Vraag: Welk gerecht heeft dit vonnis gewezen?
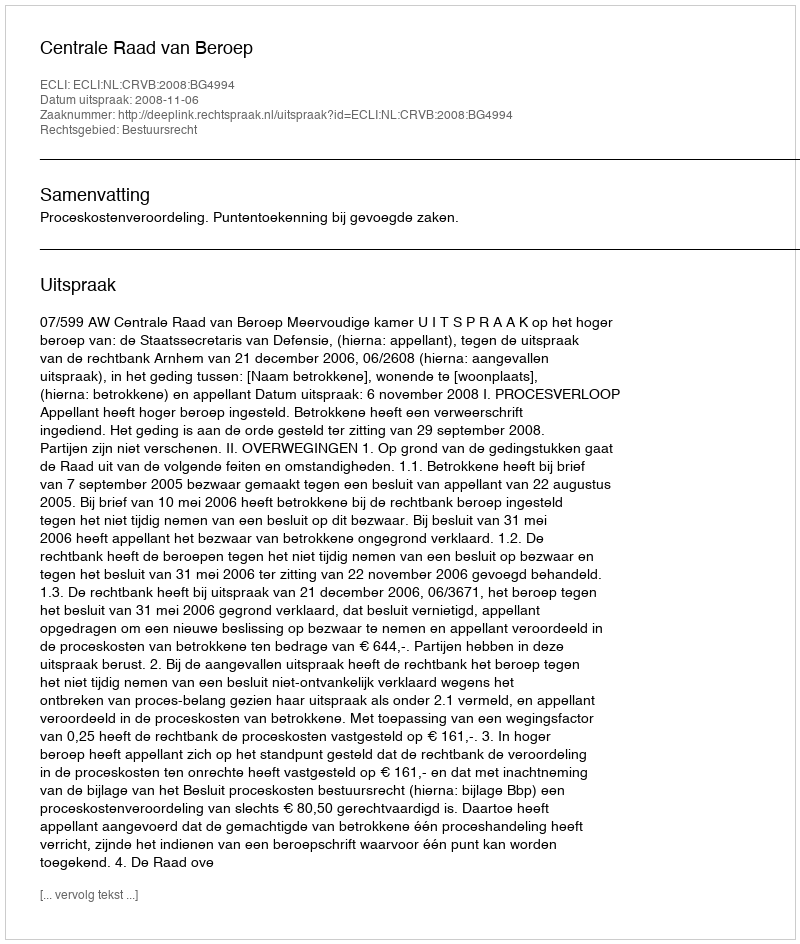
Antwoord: Centrale Raad van Beroep